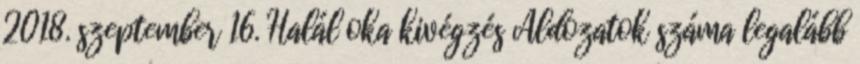
2018. szeptember 16. Halál oka kivégzés Áldozatok száma legalább